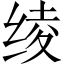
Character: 绫